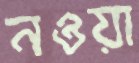
নওয়া